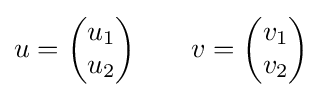
u={\begin{pmatrix}u_{1}\\u_{2}\end{pmatrix}}\qquad v={\begin{pmatrix}v_{1}\\v_{2}\end{pmatrix}}